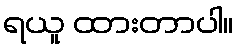
ရယူ ထားတာပါ။